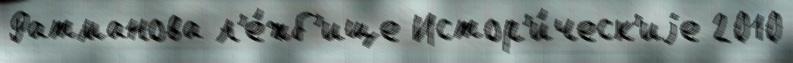
Ратманова л'е́жб'ище Истор'и́ческ'иjе 2010